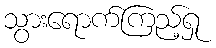
သွားရောက်ကြည့်ရှု